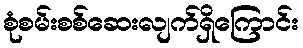
စုံစမ်းစစ်ဆေးလျက်ရှိကြောင်း